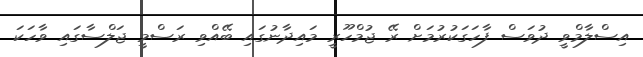
އިސްލާމްވީ ދުވަސް ފާހަގަކުރުމަށް ރޭ ޖުމްހޫރީ މައިދާނުގައި ބޭއްވި ރަސްމީ ޖަލްސާގައި ވާހަކަ